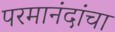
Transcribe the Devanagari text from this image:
परमानंदांचा